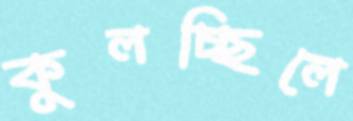
কুলচ্ছিলে